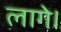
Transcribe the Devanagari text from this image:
लागे।